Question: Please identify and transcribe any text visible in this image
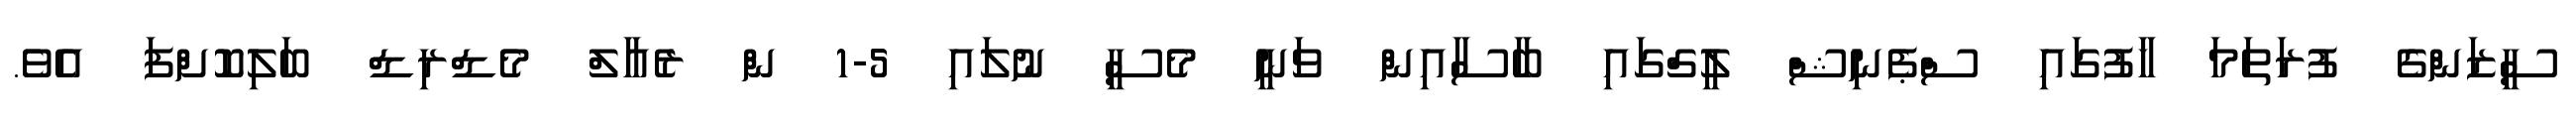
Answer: ސީޒަންގެ ފުރަތަމަ ހާފުގައި ސްޕެނިޝް ލީގްގައި ބާސާއިން ވަނީ މެސީ ނުލައި 5-1 ން ރެއާލް މެޑްރިޑް ބަލިކޮށްފަ އެވެ.